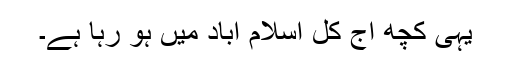
یہی کچھ آج کل اسلام آباد میں ہو رہا ہے۔